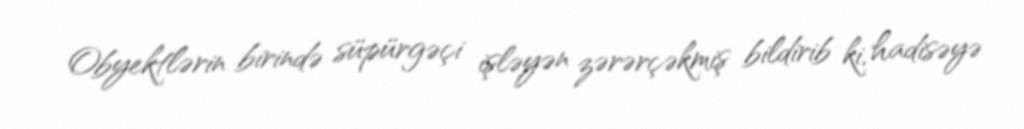
Obyektlərin birində süpürgəçi işləyən zərərçəkmiş bildirib ki, hadisəyə